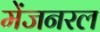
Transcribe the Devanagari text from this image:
मेंजनरल